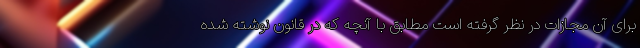
برای آن مجازات در نظر گرفته است مطابق با آنچه که در قانون نوشته شده